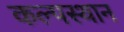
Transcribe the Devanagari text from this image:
कल्पस्थान